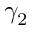
\gamma _ { 2 }